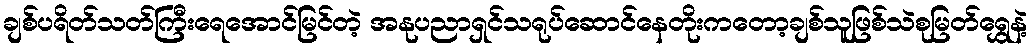
ချစ်ပရိတ်သတ်ကြီးရေအောင်မြင်တဲ့ အနုပညာရှင်သရုပ်ဆောင်နေတိုးကတော့ချစ်သူဖြစ်သဲစုမြတ်ရွှေနဲ့